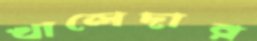
খালেদার